Report of the Municipal Commissioner on the plague in Bombay for the year ending 31st May... - Volume 2
Disease focus: Plague
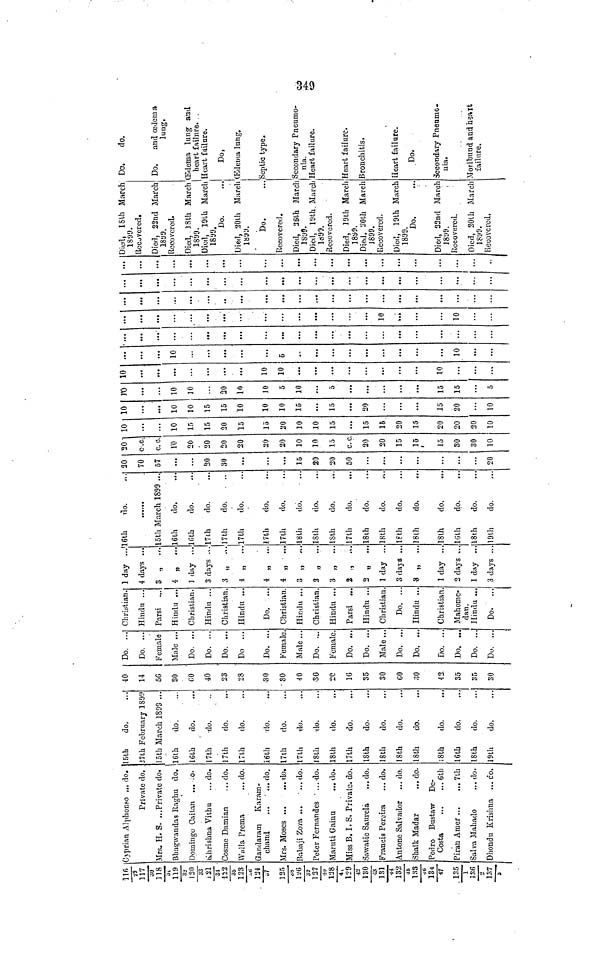
116
29 117
30 118
31
119
32
120
33
121
34
122
35 123
36 124
37
125
38
126
39
127
40
128
41
129
42
130
43 131
44 132
45
133
46
134
47
135
1
136
2
137
3
Cyprian Alphonso ... do.
Private do.
Mrs. H. S. ...Private do.
Bhagwandas Raghu do.
Domingo Caitan ...
Khrishna Vithu
... do.
Cosine Damian
... do.
Walla Prema
... do.
Gandaram
Karam-
chand
...
... do.
Mrs. Moses
do.
Babaji Zora ...
... do.
Peter Fernandes ... do.
Maruti Gainu
... do.
Miss B. I. S. Private, do.
Sawatie Saurela
... do.
Francis Pereira
... do.
Antone Salvador ... do.
Shaik Madar
... do.
Pedro Bustaw De-
Costa
6th
Piran Amer
7th
Salva Mahado
... do.
Dhondu Krishna ... do.
15th
do.
37th February 1809
15th March 1893 ...
16th
do.
16th
do.
17th
do.
17th
do.
17th
do.
16th
do.
17th
do.
17th
do.
18th
do.
18th
do.
17th
do.
18th
do.
18th
do.
18th
do.
18th
do.
18th
do.
16th
do.
18th
do.
19th
do.
40
14
56
30
60
40
23
28
30
80
40
30
20
1G
35
30
GO
30
42
35
35
30
Do, ...
Do. ...
Female
Male ...
Do. ...
Do. ...
Do. ...
Do ...
Do. ...
Female
Male ...
Do. ...
Female.
Do. ...
Do. ...
Male
Do. ..
Do. ..
Do. ...
Do. ...
Do. ...
Do. ...
Christian.
Hindu ...
Parsi
Hindu ...
Christian.
Hindu ...
Christian.
Hindu ...
Do. ...
Christian.
Hindu ...
Christian.
Hindu ...
Parsi ...
Hindu ...
Christian
Do. ..
Hindu ..
Christian
Mahome-
dan.
Hindu ...
Do. ...
1 day ..16th
do.
4 days ...
3 „ ...
4 „ ...
1 day ...
3 days ...
3 „ ...
4 „
4 „ ...
3 „
2 „ ...
3 „ ...
2 ., .
2 „ ...
1 day ...
3 days ...
3 „ ...
1 day ...
2 days ...
1 day ...
3 days ...
......
15th March 1899 ...
16th
do.
16th
do.
17th
do.
17th
do.
17th
do.
17th
do.
17th
do.
18th
do.
18th
do.
18th
do.
17th
do.
18th
do.
18th
do.
18th
do.
18th
do.
18th
do.
16th
do.
18th
do.
19th
do.
20
70
57
...
...
20
30
...
...
16
20
20
50
...
...
...
20
20
c.c.
c. c.
10
20
20
20
20
20
20
10
10
15
c. c.
20
20
15
15
15
30
30
10
10
10
15
15
30
15
15
20
10
10
15
15
16
20
15
20
20
20
10
10
10
10
15
15
10
10
10
15
15
20
15
20
10
10
10
20
10
10
5
10
5
15
15
5
10
...
10
10
10
...
10
5
10 ...
10
10
... ...
...
...
...
...
Died, 18th March 1899.
Recovered.
Died, 22nd March 1899.
Recovered.
Died, 18th March
1899.
Died, 19th March 1899.
Do.
Died, 20th March 1899.
Do.
Recovered.
Died, 26th March
1899.
Died, 19th March
Recovered.
Died, 19th March 1899.
Died, 20th March 1899.
1899.
Recovered.
Died, 19th March
1899.
Do.
Died, 22nd March
1899.
Recovered.
Died, 20th March
1899.
Recovered.
Do.
do.
Do.
and ædema
lung.
Œdema lung and
heart failure.
Heart failure.
Do.
Œdema lung.
Septic type.
Secondary Pneumo-
nia.
Heart failure.
Heart failure.
Bronchitis.
Heart failure.
Do.
Secondary Pnenmo-
nia.
Moribund and heart failure.
349